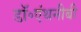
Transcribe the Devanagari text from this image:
डॉ॰एंथनीबी